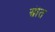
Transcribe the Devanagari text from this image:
स्रॊत